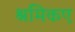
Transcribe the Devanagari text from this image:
श्रमिकए